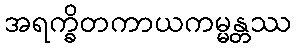
အရက္ခိတကာယကမ္မန္တဿ